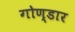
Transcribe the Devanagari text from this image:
गोण्डार